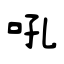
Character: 吼